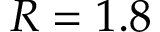
R = 1 . 8